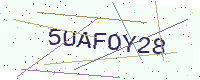
Text: 5UAFOY28